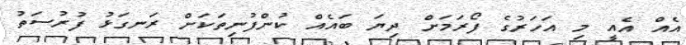
އެއް އެއީ މި އަހަރުގެ ފޯރަމަށް ދިޔަ ބައެއް ކުންފުނިތަކަށް ރަނގަޅު ފުރުސަތު